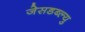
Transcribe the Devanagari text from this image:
जेसडब्ल्यु